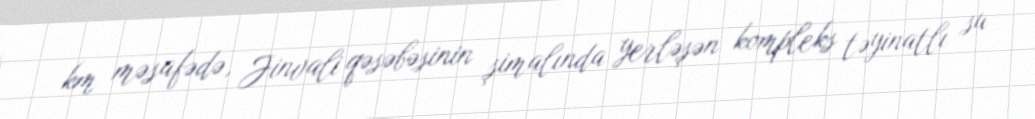
km məsafədə, Jinvali qəsəbəsinin şimalında yerləşən kompleks təyinatlı su